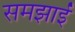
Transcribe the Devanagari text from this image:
समझाईं